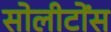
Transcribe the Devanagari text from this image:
सोलीटोंस